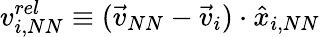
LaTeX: v_{i,NN}^{rel}\equiv(\vec{v}_{NN}-\vec{v}_{i})\cdot\hat{x}_{i,NN}